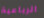
الرباعية